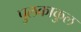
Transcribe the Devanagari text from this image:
पुलकाकुल